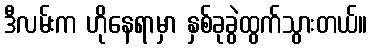
ဒီလမ်းက ဟိုနေရာမှာ နှစ်ခုခွဲထွက်သွားတယ်။